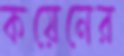
কয়েনের